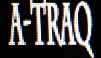
A-TRAQ